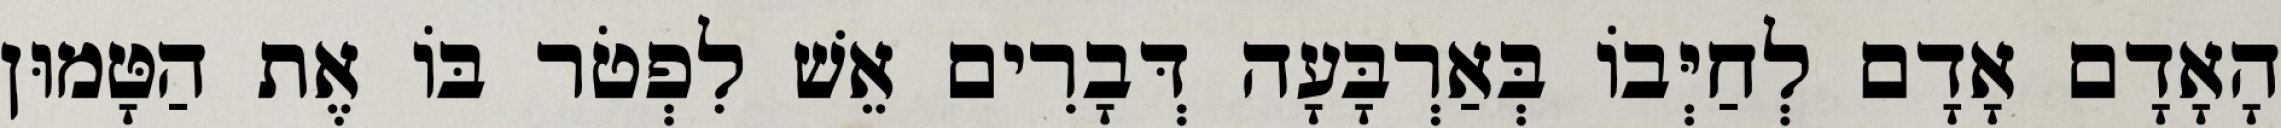
הָאָדָם אָדָם לְחַיְּבוֹ בְּאַרְבָּעָה דְּבָרִים אֵשׁ לִפְטֹר בּוֹ אֶת הַטָּמוּן